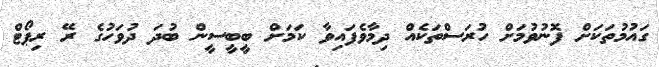
ގައުމުތަކަށް ފޮނުވުމަށް ހުރަސްތަކެއް ދިމާވެފައިވާ ކަމަށް ބީބީސީން ބުދަ ދުވަހުގެ ރޭ ރިޕޯޓް